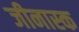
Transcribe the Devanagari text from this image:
जीनास्‍क